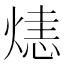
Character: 𤌷